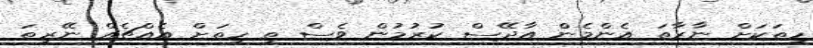
ހިތަކަށް ނާރާތަ އެންމެން އާދޭސް ކުރުމުން ވެސް ތި ހިތަށް އެއްޗެއް ނޭރިތަ